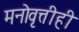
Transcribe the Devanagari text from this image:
मनोवृत्तीही